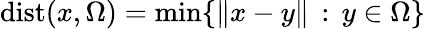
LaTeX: \mathrm{dist}(x,\Omega)=\operatorname*{min}\{ \| x-y\| \, :\, y\in\Omega\}